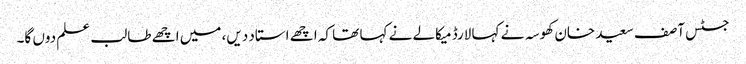
جسٹس آصف سعید خان کھوسہ نے کہا لارڈ میکالے نے کہا تھا کہ اچھے استاد دیں، میں اچھے طالب علم دوں گا۔